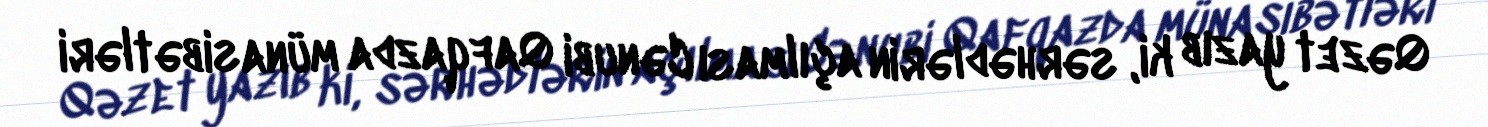
Qəzet yazıb ki, sərhədlərin açılması Cənubi Qafqazda münasibətləri